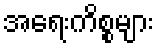
အရေးကိစ္စများ